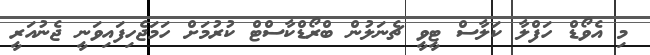
މި އެވޯޑް ހަފްލާ ކަލާސް ޓީވީ ޗެނަލުން ބްރޯޑްކާސްޓް ކުރުމަށް ހަމަޖެހިފައިވަނީ ޖެނުއަރީ